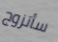
سأتزوج